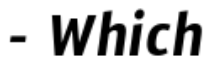
- Which